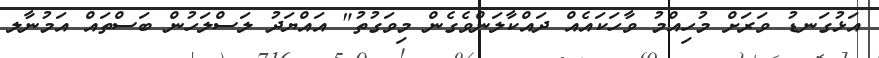
އަޅުގަނޑު ވަރަށް މުހިއްމު ވާހަކައެއް ދައްކާލަންވެގެން މިވަގުތު" އައްޔަދު ލަސްލަހުން ބަސްތައް އަމުނާލ